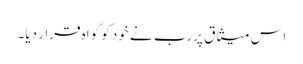
اس میثاق پر رب نے خود کو گواہ قرار دیا۔